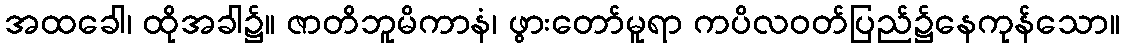
အထခေါ၊ ထိုအခါ၌။ ဇာတိဘူမိကာနံ၊ ဖွားတော်မူရာ ကပိလဝတ်ပြည်၌နေကုန်သော။